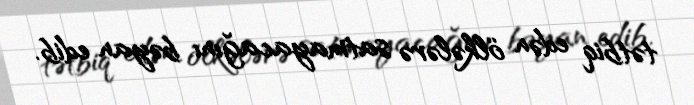
tətbiq edən ölkələrə satmayacağını bəyan edib.